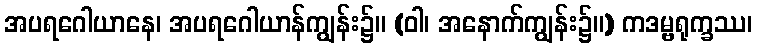
အပရဂေါယာနေ၊ အပရဂေါယာန်ကျွန်း၌။ (ဝါ၊ အနောက်ကျွန်း၌။) ကဒမ္ဗရုက္ခဿ၊